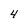
Character: 4